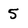
Character: 5